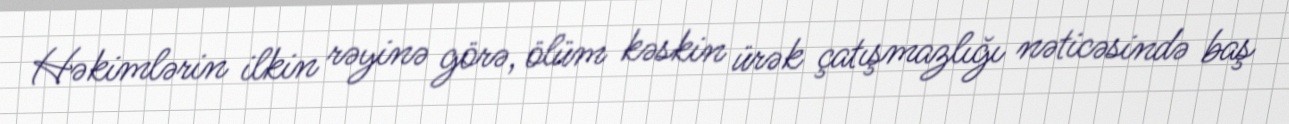
Həkimlərin ilkin rəyinə görə, ölüm kəskin ürək çatışmazlığı nəticəsində baş